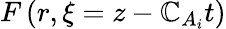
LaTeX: F\left(r,\xi=z-\mathbb{C}_{A_{i}}t\right)